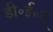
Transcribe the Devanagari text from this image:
डी॰ई॰ए